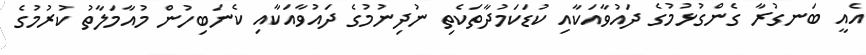
އެއީ ބަނގުރާ ގެންގުޅުމުގެ ދައުވާއަކާއި ކުޑަކަމުދާތަކެތި ނުދިނުމުގެ ދައުވާއަކާއި ކެނަބިހުން މުއާމަލާތު ކުރުމުގެ